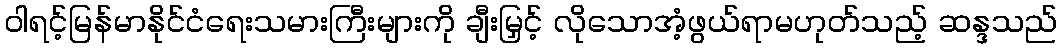
ဝါရင့်မြန်မာနိုင်ငံရေးသမားကြီးများကို ချီးမြှင့် လိုသောအံ့ဖွယ်ရာမဟုတ်သည့် ဆန္ဒသည်